Report on sanitation, dispensaries, and jails in Rajputana for 1918, and on vaccination for the year 1918-1919 - 1918-1919
Year: 1918
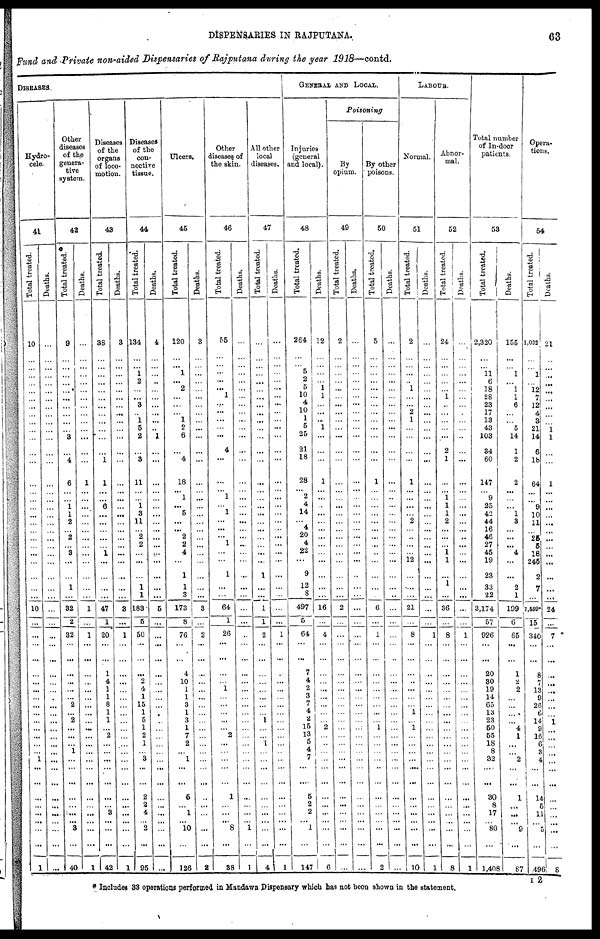
DISPENSARIES IN RAJPUTANA.
63
Fund and Private non-aided Dispensaries of Rajputana during the year 1918—contd.
DISEASES
Hydro-
cele.
41
Total treated.
10
...
...
...
...
...
...
...
...
...
...
...
...
...
...
...
...
...
...
...
...
...
...
...
...
...
...
...
10
...
...
...
...
...
...
...
...
...
...
...
...
...
...
...
1
...
...
...
...
...
...
...
...
1
Deaths.
...
...
...
...
...
...
...
...
...
...
...
...
...
...
...
...
...
...
...
...
...
...
...
...
...
...
...
...
...
...
...
...
...
...
...
...
...
...
...
...
...
...
...
...
...
...
...
...
...
...
...
...
...
...
Other
diseases
of the
genera¬
tive
system.
42
Total treated.
9
...
...
...
...
...
...
...
...
...
...
3
...
4
6
...
...
1
1
2
...
2
...
3
...
...
1
...
32
2
32
...
...
...
...
...
...
2
...
2
...
...
...
1
...
...
...
...
...
...
... 3
...
40
Deaths.
...
...
...
...
...
...
...
...
...
...
...
...
...
...
1
...
...
...
...
...
...
...
...
...
...
...
...
...
1
...
1
...
...
...
...
...
...
...
...
...
...
...
...
...
...
...
...
...
...
...
... ...
...
1
Diseases
of the
organs
of loco-
motion.
43
Total treated.
38
...
...
...
...
...
...
...
...
...
...
...
...
1
1
...
...
6
...
...
...
...
...
1
...
...
...
...
47
1
20
...
...
1
4
1
1
8
1
1
...
2
...
...
...
...
...
...
...
3
...
...
...
42
Deaths.
3
...
...
...
...
...
...
...
...
...
...
...
...
...
...
...
...
...
...
...
...
...
...
...
...
...
...
...
3
...
1
...
...
...
...
...
...
...
...
...
...
...
...
...
...
...
...
...
...
...
...
...
...
1
Diseases
of the
con-
nective
tissue.
44
Total treated.
134
...
...
1 2
...
... 3
...
1
5
2
...
3
11
...
... 1
3
11
...
2
2
...
...
...
1
1
183
5
50
...
...
...
2
4
1
15
1
5
1
2
1
...
3
...
...
2
2 4
... 2
...
95
Deaths.
4
...
...
...
...
...
...
...
...
...
...
1
...
...
...
...
...
...
...
...
...
...
...
...
...
...
...
...
5
...
...
...
...
...
...
...
... ...
...
...
...
...
...
...
...
...
...
...
...
...
...
...
...
...
Ulcers.
45
Total treated.
120
...
...
1
...
2 ...
...
...
1
2
6
...
4
18
...
1
...
5
...
...
2
2
4
...
1
1
3
173
8
76
...
...
4
10
1
1
3
1
3
1
7
2
...
1
...
...
5
...
1
... 10
...
126
Deaths.
3
...
...
...
...
...
...
...
...
...
...
...
...
...
...
...
...
...
...
...
...
...
...
...
...
...
...
...
3
...
2
...
...
...
...
...
...
...
...
...
...
...
...
... ...
...
...
...
...
...
... ...
...
2
Other
diseases of
the skin.
46
Total treated.
55
...
...
...
...
...
1
...
...
...
...
...
4
...
...
...
1
...
1
...
...
...
1
...
...
1
...
...
64
1
26
...
...
...
...
1
...
...
...
...
...
2
...
...
...
...
...
1
...
...
...
8
...
38
Deaths.
...
...
...
...
...
...
...
...
...
...
...
...
...
...
...
...
...
...
...
...
...
...
...
...
...
...
...
...
...
...
...
...
...
...
...
...
...
...
...
...
...
...
...
...
... ...
...
...
...
...
... 1
...
1
All other
local
diseases.
47
Total treated.
...
...
...
...
...
...
...
...
...
...
...
...
...
...
...
...
...
...
...
...
...
...
...
...
...
1
...
...
1
1
2
...
...
...
...
...
... ...
... 1
...
...
1
...
...
...
...
...
...
...
...
...
...
4
Deaths.
...
...
...
...
...
...
...
...
...
...
...
...
...
...
...
...
...
...
...
...
...
...
...
...
...
...
...
...
...
...
1
...
...
...
...
...
...
...
...
...
...
...
...
...
...
...
...
...
...
...
...
...
...
1
GENERAL AND LOCAL.
Injuries
(general
and local).
48
Total treated.
264
...
...
5
2
5
10
4 10
1
5
25
21
18
28
...
2
4
14
...
4
20
4
22
...
9
12
8
497
5
64
...
...
7
4
2
3
7
4
2
15
13
5
4
7
...
...
5
2
2
...
1
...
147
Deaths.
12
...
...
...
...
1
1 ...
...
...
1
...
...
...
1
...
...
...
...
...
...
...
...
...
...
...
...
...
16
...
4
...
...
...
...
...
...
...
...
...
2 ...
... ...
...
...
...
...
...
...
...
...
...
6
Poisoning
By
opium.
49
Total treated.
2
...
...
...
...
...
...
...
...
...
...
...
...
...
...
...
...
...
...
...
...
...
...
...
...
...
...
...
2
...
...
...
...
...
...
...
...
...
...
...
...
...
...
...
...
...
...
...
...
...
... ...
...
...
Deaths.
...
...
...
...
...
...
...
...
...
...
...
...
...
...
...
...
...
...
...
...
...
...
...
...
...
...
...
...
...
...
...
...
...
...
...
...
...
...
...
...
...
...
...
...
...
...
...
...
...
...
...
...
...
...
By other
poisons.
50
Total treated.
5
...
...
...
...
...
...
...
...
...
...
...
...
...
1
...
...
...
...
...
...
...
...
...
...
...
...
...
6
...
1
...
...
...
...
...
...
...
...
...
1
...
...
...
...
...
...
...
...
...
...
...
...
2
Deaths.
...
...
...
...
...
...
...
...
...
...
...
...
...
...
...
...
...
...
...
...
...
...
...
...
...
...
...
...
...
...
...
...
...
...
...
...
...
...
...
...
...
...
...
...
...
...
...
...
...
...
...
...
...
...
LABOUR.
Normal.
51
Total treated.
2
...
...
...
...
1 ...
...
2
1
...
...
...
...
1
...
...
...
...
2
...
...
...
...
12
...
...
...
21
...
8
...
...
...
...
...
...
...
1
...
1
...
...
...
...
...
...
...
...
...
... ...
...
10
Deaths.
...
...
...
...
...
...
...
...
...
...
...
...
...
...
...
...
...
...
...
...
...
...
...
...
...
...
...
...
...
...
1
...
...
...
...
...
...
...
...
...
...
...
...
...
...
...
...
...
...
...
... ...
...
1
Abnor-
mal.
52
Total treated.
24
...
...
...
...
...
1 ...
...
...
...
...
2
1
...
...
1
1
1
2
...
...
...
1 1
...
1
...
36
...
8
...
...
...
...
...
...
...
...
...
...
...
...
...
...
...
...
...
...
...
... ...
...
8
Deaths.
...
...
...
...
...
...
...
...
...
...
...
...
...
...
...
...
...
...
...
...
...
...
...
...
...
...
...
...
...
...
1
...
...
...
...
...
...
...
...
...
...
...
...
...
...
...
...
...
...
...
...
...
...
1
Total number
of In-door
patients.
53
Total treated.
2,320
...
...
11 6
18
28
23
17
13
43
103
34
60
147
...
9
25
42
44
16
46
27
45
19
23
33
22
3,174
57
926
...
...
20
30
19
14
65
13
23
50
55
18
8
32
...
...
30
8
17
... 80
...
1,408
Deaths.
155
...
...
1 ...
1 1
6
...
...
5
14
1
2
2
...
...
...
1
3
...
...
...
4
...
...
2
1
199
6
65
...
...
1
2
2
...
...
...
...
4
1
...
...
2
...
...
1
...
...
... 9
...
87
Opera-
tions.
54
Total treated.
1,032
...
...
1 ...
12
7
12
4
3
21
14
6
18
64
...
...
9
10
11
...
25
5
18
245
2
7
...
1,559*
15
340
...
...
8
7
13
9
26
6
14
9 16
6
3
4
...
...
14
5
11
... 5
...
496
Deaths.
21
...
...
...
...
...
...
...
...
...
1
1
...
...
1
...
...
...
...
...
...
...
...
...
...
...
...
...
24
...
7
...
...
...
...
...
...
...
...
1
...
...
...
...
...
...
...
...
...
...
... ...
...
8
* Includes 33 operations performed in Mandawa Dispensary which has not been shown in the statement.
I 2